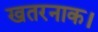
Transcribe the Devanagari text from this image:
खतरनाक।